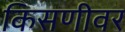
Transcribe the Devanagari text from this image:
किसणीवर